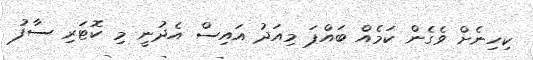
ކިހިނެށް ވެގެން ކަމެއް ބައްޕަ މިއަދު އައިސް އެދުނީ މި ކޮޓަރި ސާފު